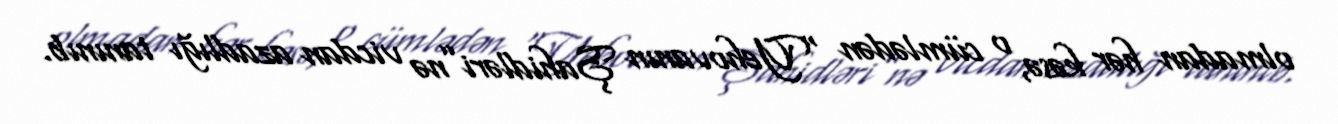
olmadan hər kəsə, o cümlədən “Yehovanın Şahidləri”nə vicdan azadlığı tanınıb.